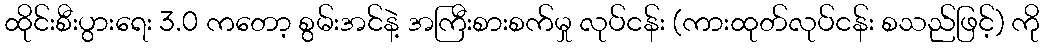
ထိုင်းစီးပွားရေး 3.0 ကတော့ စွမ်းအင်နဲ့ အကြီးစားစက်မှု လုပ်ငန်း (ကားထုတ်လုပ်ငန်း စသည်ဖြင့်) ကို